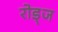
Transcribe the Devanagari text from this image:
रोड्ज